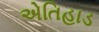
એતિહાડ